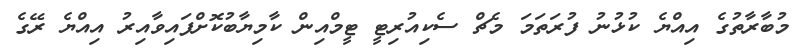
މުބާރާތުގެ އިއްޔެ ކުޅުނު ފުރަތަމަ މެޗް ސެކިއުރިޓީ ޓީމްއިން ކާމިޔާބުކޮށްފައިވާއިރު އިއްޔެ ރޭގެ